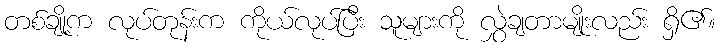
တစ်ချို့က လုပ်တုန်းက ကိုယ်လုပ်ပြီး သူများကို လွှဲချတာမျိုးလည်း ရှိ၏။